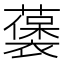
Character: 藵